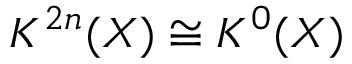
K ^ { 2 n } ( X ) \cong K ^ { 0 } ( X )